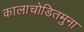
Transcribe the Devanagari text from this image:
कालाचोडितमुना